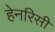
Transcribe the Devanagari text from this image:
हेनरिसी